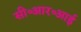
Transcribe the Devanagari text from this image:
सी॰आर॰आई